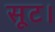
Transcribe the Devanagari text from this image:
सूट।